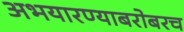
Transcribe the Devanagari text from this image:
अभयारण्याबरोबरच